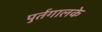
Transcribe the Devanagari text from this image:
पुर्तगालके